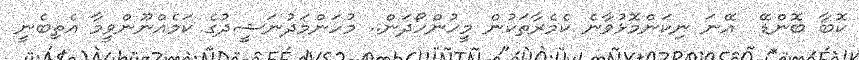
ކޮޮބާ ބޮންޑޭ  އޭނަ ނިކަންމޮޅުވާނެ ކެމެރާތަކުން މީހުންހޯދަން.. މުހަންމަދުނަޝީދުގެ ކަމެއްނޫންވީމާ އެތިބެނީ